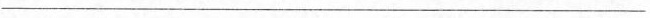
___